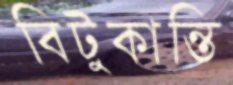
বিটুকান্তি